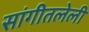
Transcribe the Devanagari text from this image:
सांगीतलेली